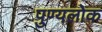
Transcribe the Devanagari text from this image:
पुण्यलोक